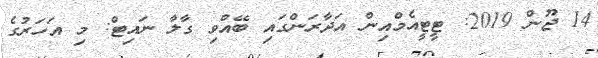
14 ޖޫން 2019: ޓީޓީއެމްއިން އަދާރަންގައި ބޭއްވި ގާލާ ނައިޓް: މި އަހަރުގެ